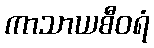
ကာသာယစီဝရံ